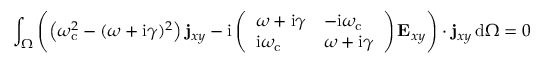
\int _ { \Omega } \left( \left( \omega _ { \mathrm { c } } ^ { 2 } - ( \omega + \mathrm { i } \gamma ) ^ { 2 } \right) \mathbf { j } _ { x y } - \mathrm { i } \left( \begin{array} { l l } { \omega + \mathrm { i } \gamma } & { - \mathrm { i } \omega _ { \mathrm { c } } } \\ { \mathrm { i } \omega _ { \mathrm { c } } } & { \omega + \mathrm { i } \gamma } \end{array} \right) \mathbf { E } _ { x y } \right) \cdot \mathbf { j } _ { x y } \, \mathrm { d } \Omega = 0